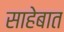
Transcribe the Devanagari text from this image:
साहेबात